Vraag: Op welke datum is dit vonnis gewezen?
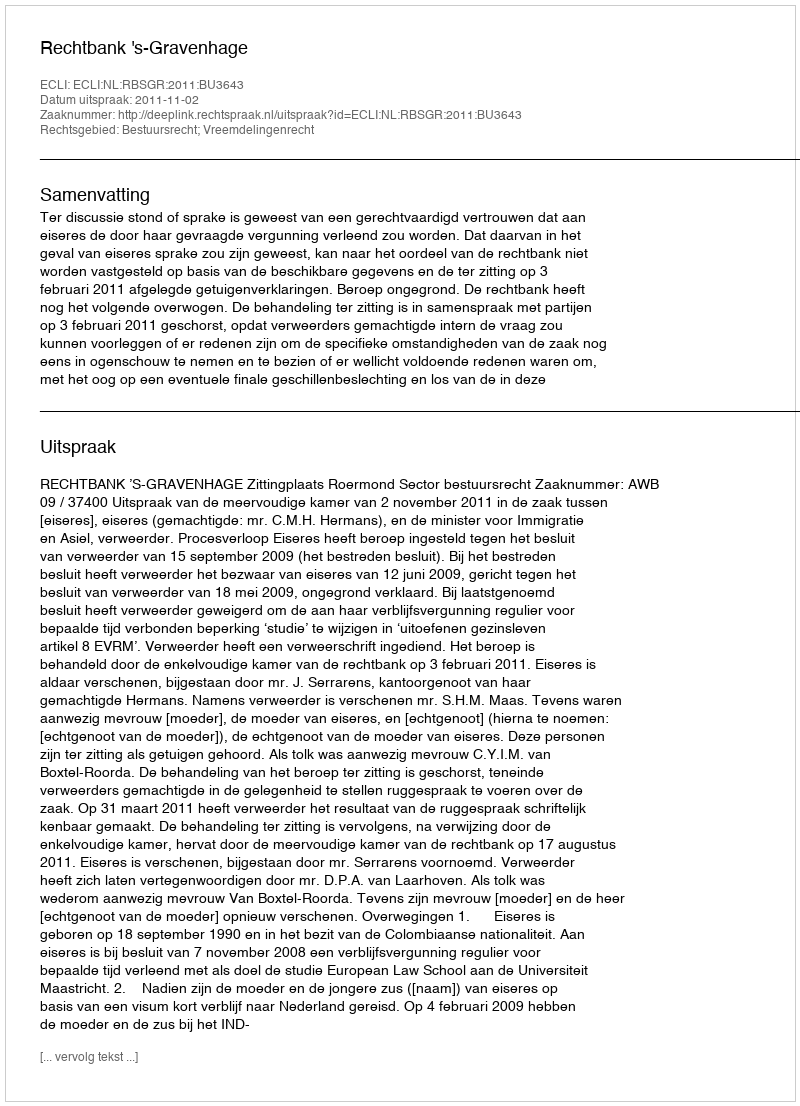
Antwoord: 2011-11-02